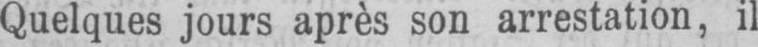
Quelques jours après son arrestation, il